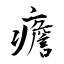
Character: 癚